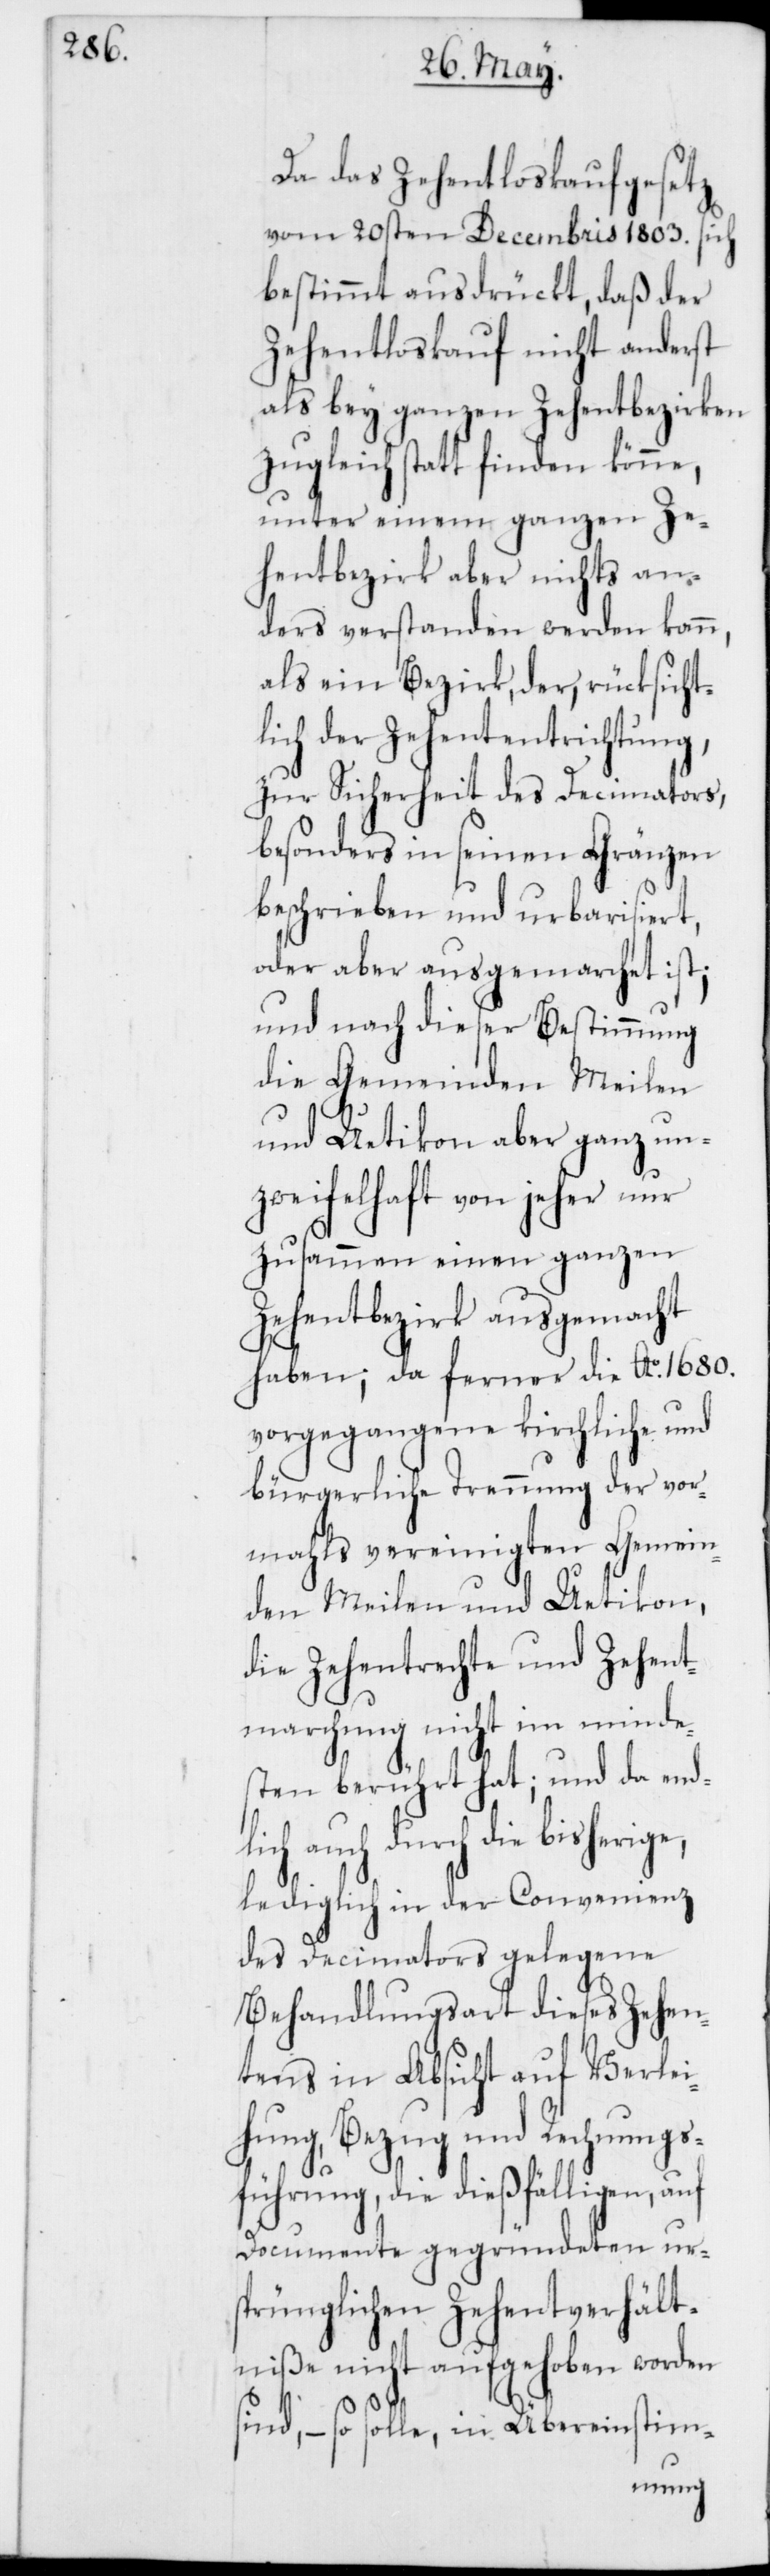
Da das Zehentloskaufsgesetz
vom 20sten Decembris 1803. sich
bestimmt ausdrückt, daß der
Zehentloskauf nicht anderst
als bey ganzen Zehentbezirken
zugleich statt finden könne,
unter einem ganzen Ze¬
hentbezirk aber nichts an¬
ders verstanden werden kann,
als ein Bezirk, der, rücksicht¬
lich der Zehententrichtung,
zur Sicherheit des Decimators,
besonders in seinen Gränzen
beschrieben und urbarisiert,
oder aber ausgemarchet ist;
und nach dieser Bestimmung
die Gemeinden Meilen
und Uetikon aber ganz un¬
zweifelhaft von jeher nur
zusammen einen ganzen
Zehentbezirk ausgemacht
haben; da ferner die Ao 1680.
vorgegangene kirchliche und
bürgerliche Trennung der vor¬
mahls vereinigten Gemein¬
den Meilen und Uetikon,
die Zehentrechte und Zehent¬
marchung nicht im minde¬
sten berührt hat; und da end¬
lich auch durch die
lediglich in der Convenienz
des Decimators gelegene
Behandlungsart dieses Zehen¬
tens in Absicht auf Verlei¬
hung, Bezug und Rechnungs¬
führung, die dießfälligen, auf
Documente gegründeten urs¬
prünglichen Zehentverhält¬
niße nicht aufgehoben worden
sind, – so solle, in Übereinstim-